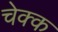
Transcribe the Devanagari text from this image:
चेक्क